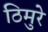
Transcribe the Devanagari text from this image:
ठिमुरे